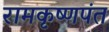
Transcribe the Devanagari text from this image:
रामकृष्णपंत